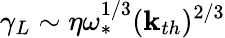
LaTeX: \gamma_{L}\sim\eta\omega_{\ast}^{1/3}(\mathbf{k}_{th})^{2/3}